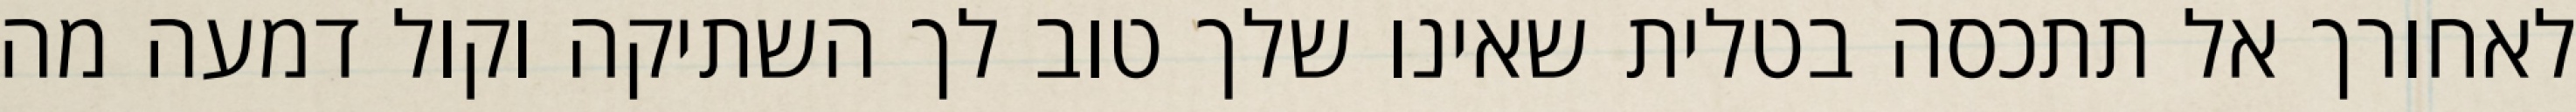
לאחורך אל תתכסה בטלית שאינו שלך טוב לך השתיקה וקול דמעה מה